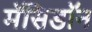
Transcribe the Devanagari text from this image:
मॅसिडॉन